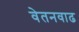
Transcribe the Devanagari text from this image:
वेतनवाढ